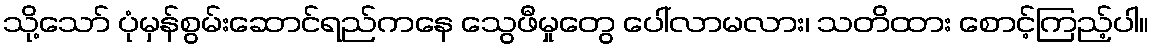
သို့သော် ပုံမှန်စွမ်းဆောင်ရည်ကနေ သွေဖီမှုတွေ ပေါ်လာမလား၊ သတိထား စောင့်ကြည့်ပါ။